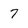
Character: 7